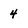
Character: 4